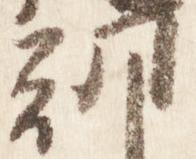
朝